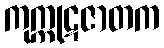
ကုက္ကုဋဇာတက